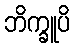
ဘိက္ခူပိ